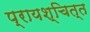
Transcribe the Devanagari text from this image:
प्रायश्‍चित्त